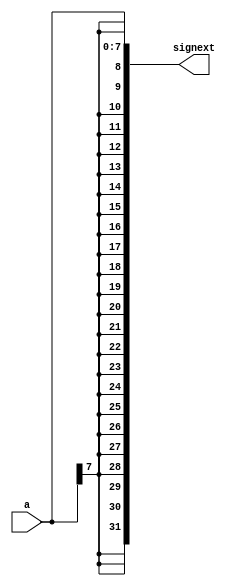
module signextend (
    input  wire [7 : 0]           a,
    output wire [31 : 0]    signext
);
    assign signext = { {24{a[7]}}, a };
    
endmodule